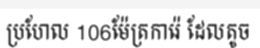
ប្រហែល 106ម៉ែត្រការ៉េ ដែលតូច